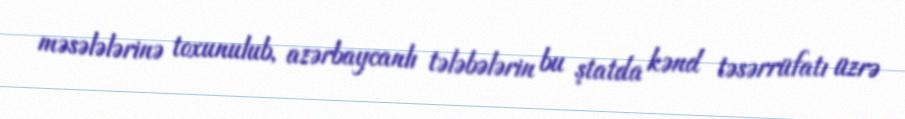
məsələlərinə toxunulub, azərbaycanlı tələbələrin bu ştatda kənd təsərrüfatı üzrə